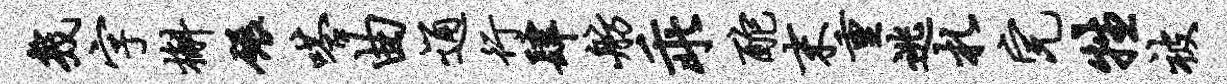
几字槲碾嗒曲通行肆舫乖酡末重逃札完牲被